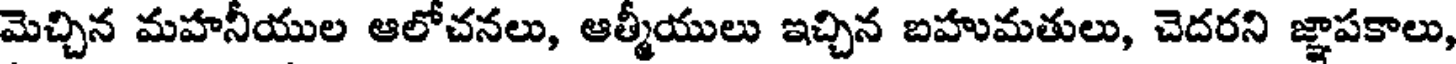
మెచ్చిన మహనీయుల ఆలోచనలు, ఆత్మీయులు ఇచ్చిన బహుమతులు, చెదరని జ్ఞాపకాలు,